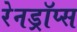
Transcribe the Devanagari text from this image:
रेनड्रॉप्स